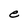
Character: e